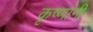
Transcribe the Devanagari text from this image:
कृष्णांनी